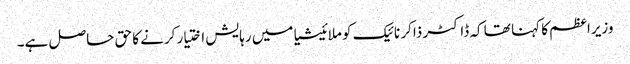
وزیراعظم کا کہنا تھا کہ ڈاکٹر ذاکر نائیک کو ملائیشیا میں رہایش اختیار کرنے کا حق حاصل ہے۔